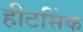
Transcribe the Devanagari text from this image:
हीटसिंक